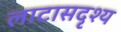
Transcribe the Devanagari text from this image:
लाटासदृश्य